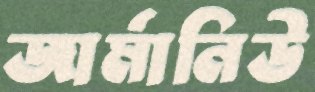
জার্মানিউ